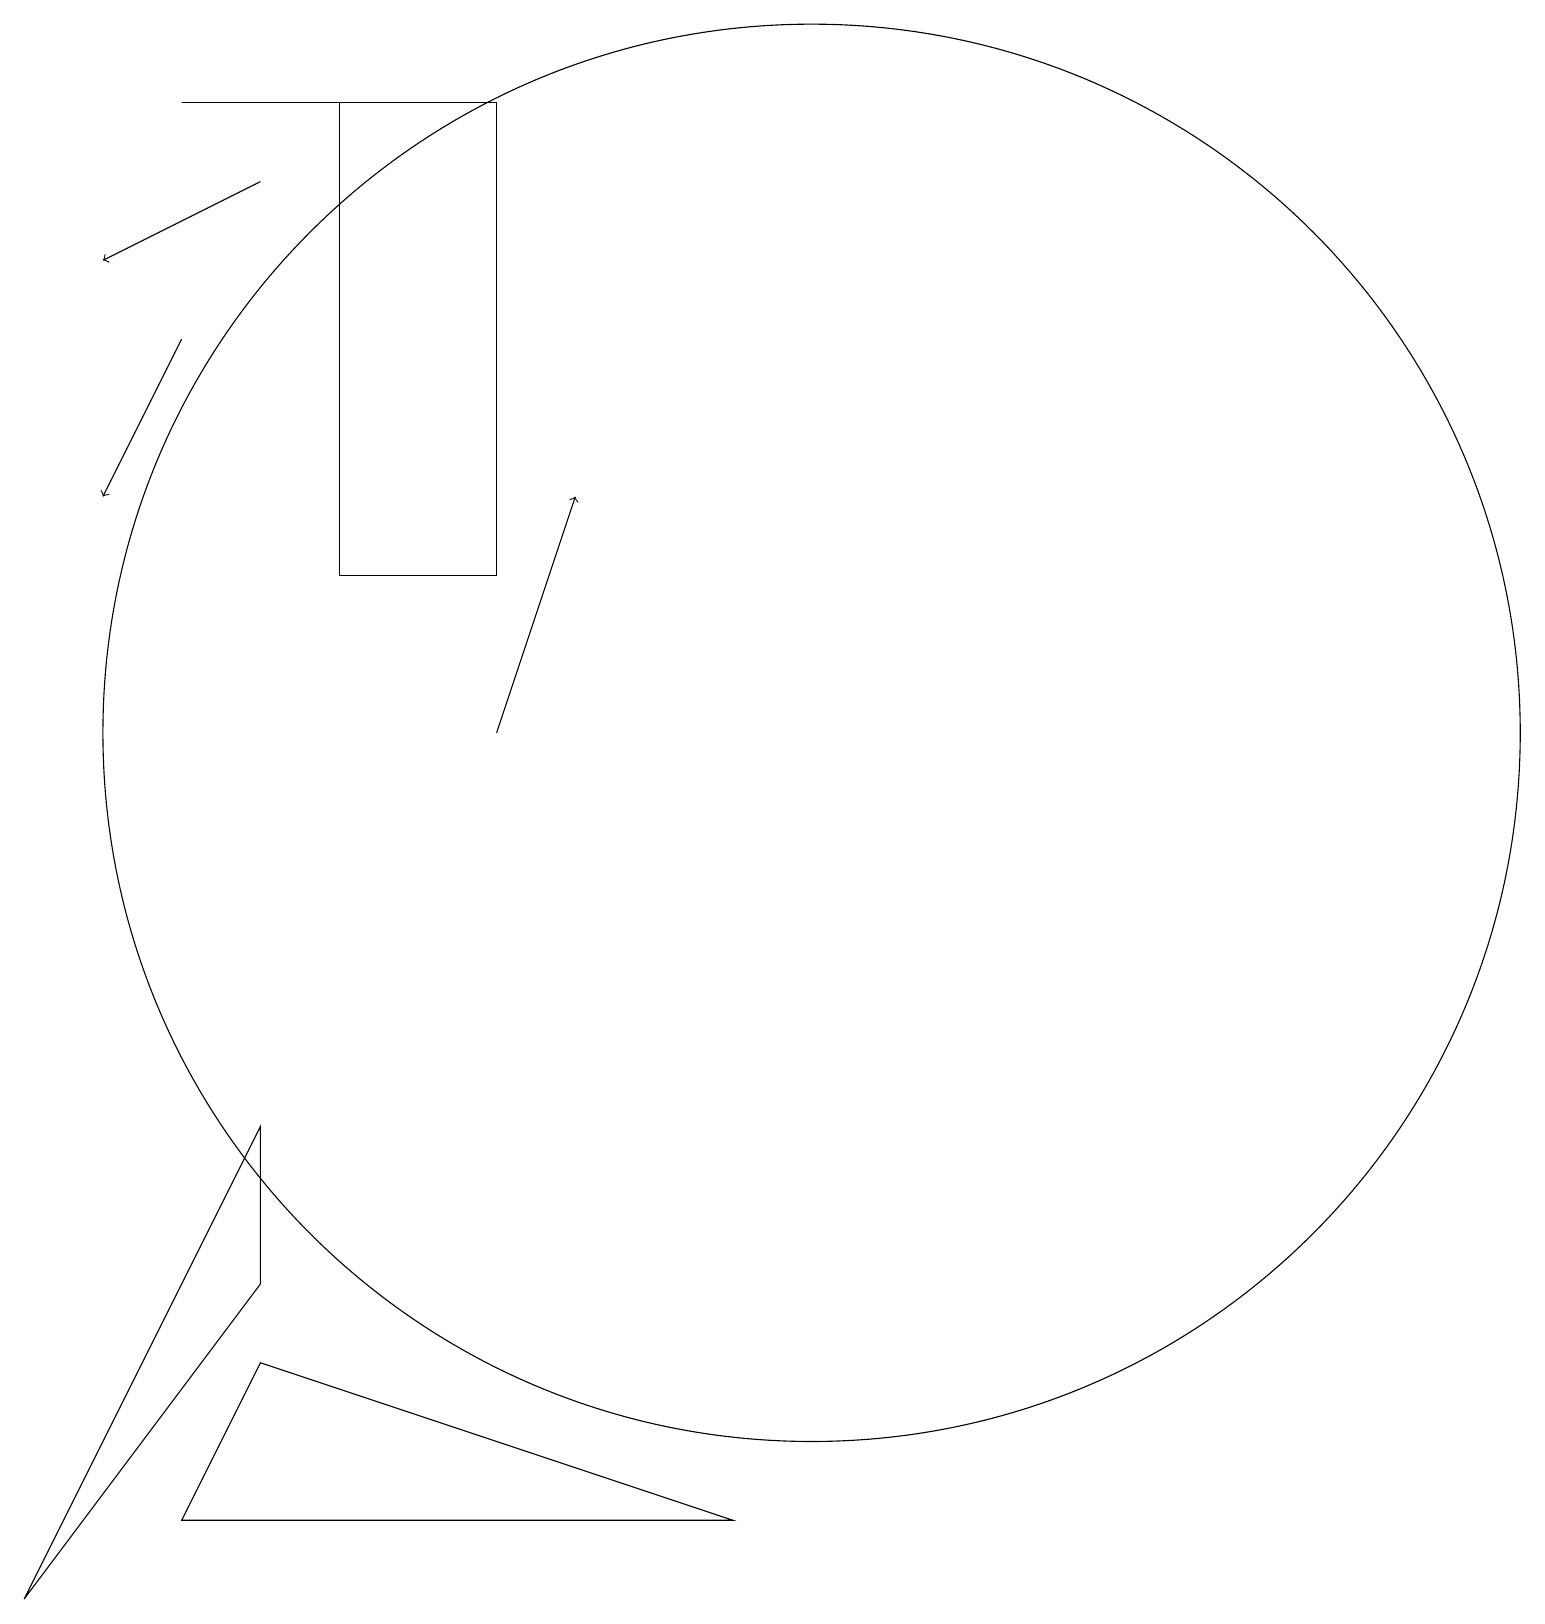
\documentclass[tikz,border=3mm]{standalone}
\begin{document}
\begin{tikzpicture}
\draw[->] (6,11) -- (7,14);
\draw (2,1) -- (3,3) -- (9,1) -- cycle;
\draw (4,13) rectangle (6,19);
\draw (3,4) -- (0,0) -- (3,6) -- cycle;
\draw[->] (2,16) -- (1,14);
\draw (10,11) circle (9);
\draw[->] (3,18) -- (1,17);
\draw (4,19) rectangle (2,19);
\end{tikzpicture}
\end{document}